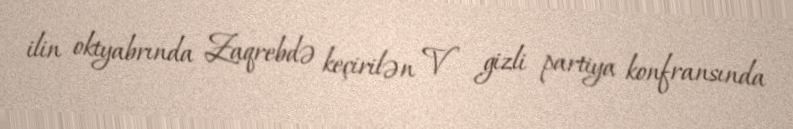
ilin oktyabrında Zaqrebdə keçirilən V gizli partiya konfransında